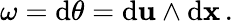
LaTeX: \omega=\mathrm{d}\theta=\mathrm{d}{\mathbf{u}}\wedge\mathrm{d}{\mathbf{x}}\, .